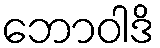
ဘောဝါဒိ